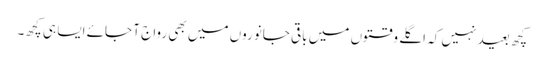
کچھ بعید نہیں کہ اگلے وقتوں میں باقی جانوروں میں بھی رواج آ جائے ایسا ہی کچھ۔